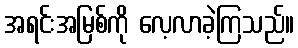
အရင်းအမြစ်ကို လေ့လာခဲ့ကြသည်။